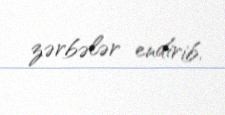
zərbələr endirib.